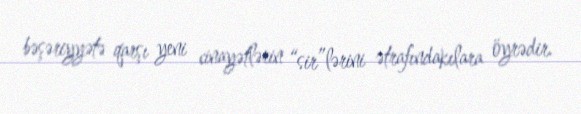
bəşəriyyətə qarşı yeni cinayətlərin “sir”lərini ətrafındakılara öyrədir.